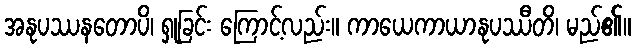
အနုပဿနတောပိ၊ ရှုခြင်း ကြောင့်လည်း။ ကာယေကာယာနုပဿီတိ၊ မည်၏။